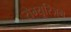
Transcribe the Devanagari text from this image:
रोम्यूरिज़्म